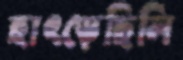
হাৎড়েছিলি